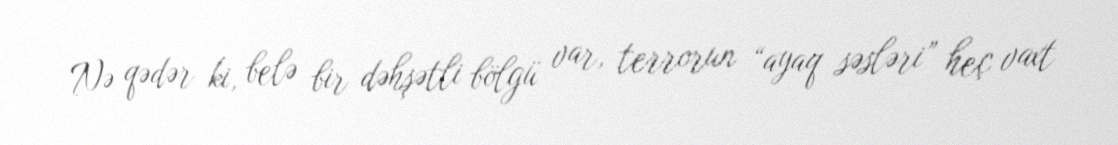
Nə qədər ki, belə bir dəhşətli bölgü var, terrorun “ayaq səsləri” heç vaxt